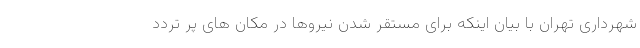
شهرداری تهران با بیان اینکه برای مستقر شدن نیروها در مکان های پر تردد